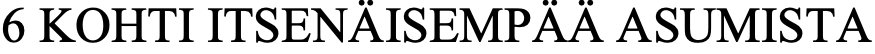
6 KOHTI ITSENÄISEMPÄÄ ASUMISTA